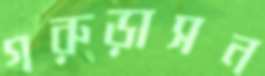
গরুড়াসন